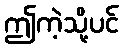
ဤကဲ့သို့ပင်